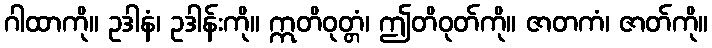
ဂါထာကို။ ဥဒါနံ၊ ဥဒါန်းကို။ ဣတိဝုတ္တံ၊ ဤတိဝုတ်ကို။ ဇာတကံ၊ ဇာတ်ကို။